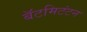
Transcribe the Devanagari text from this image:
बॅटमिटंटन